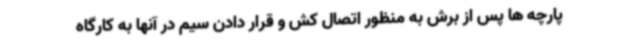
پارچه ها پس از برش به منظور اتصال کش و قرار دادن سیم در آنها به کارگاه